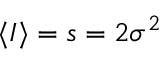
\langle I \rangle = s = 2 \sigma ^ { 2 }